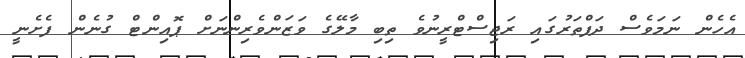
އެހެން ނަމަވެސް ދަފްތަރުގައި ރަޖިސްޓްރީނުވެ ތިބި މާލޭގެ ވަޒަންވެރިންނަށް ޕޮއިންޓް ގުނެން ފެށެނީ